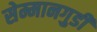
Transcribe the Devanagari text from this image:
सेम्मानगुडी